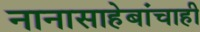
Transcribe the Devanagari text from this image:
नानासाहेबांचाही